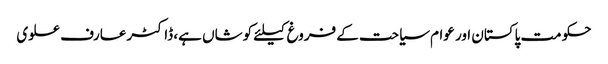
حکومت پاکستان اور عوام سیاحت کے فروغ کیلئے کوشاں ہے، ڈاکٹرعارف علوی